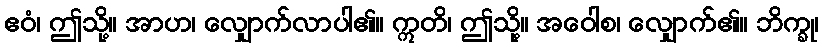
ဧဝံ၊ ဤသို့။ အာဟ၊ လျှောက်လာပါ၏။ ဣတိ၊ ဤသို့။ အဝေါစ၊ လျှောက်၏။ ဘိက္ခု၊